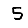
Digit: 5